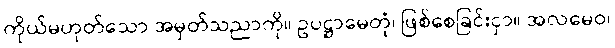
ကိုယ်မဟုတ်သော အမှတ်သညာကို။ ဥပဋ္ဌာမေတုံ၊ ဖြစ်စေခြင်းငှာ။ အလမေဝ၊